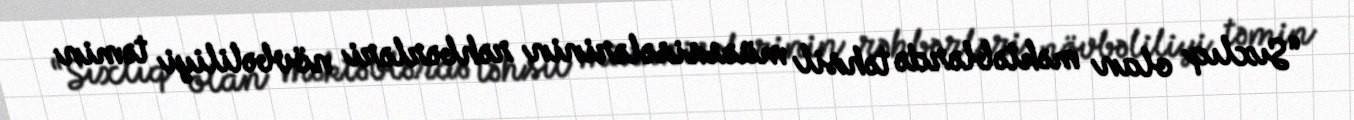
“Sıxlıq olan məktəblərdə təhsil müəssisələrinin rəhbərləri növbəliliyi təmin